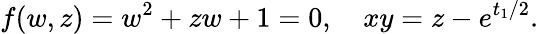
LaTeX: f(w,z)=w^{2}+zw+1=0,~~~~xy=z-e^{t_{1}/2}.